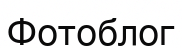
Фотоблог